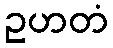
ဥဟတံ